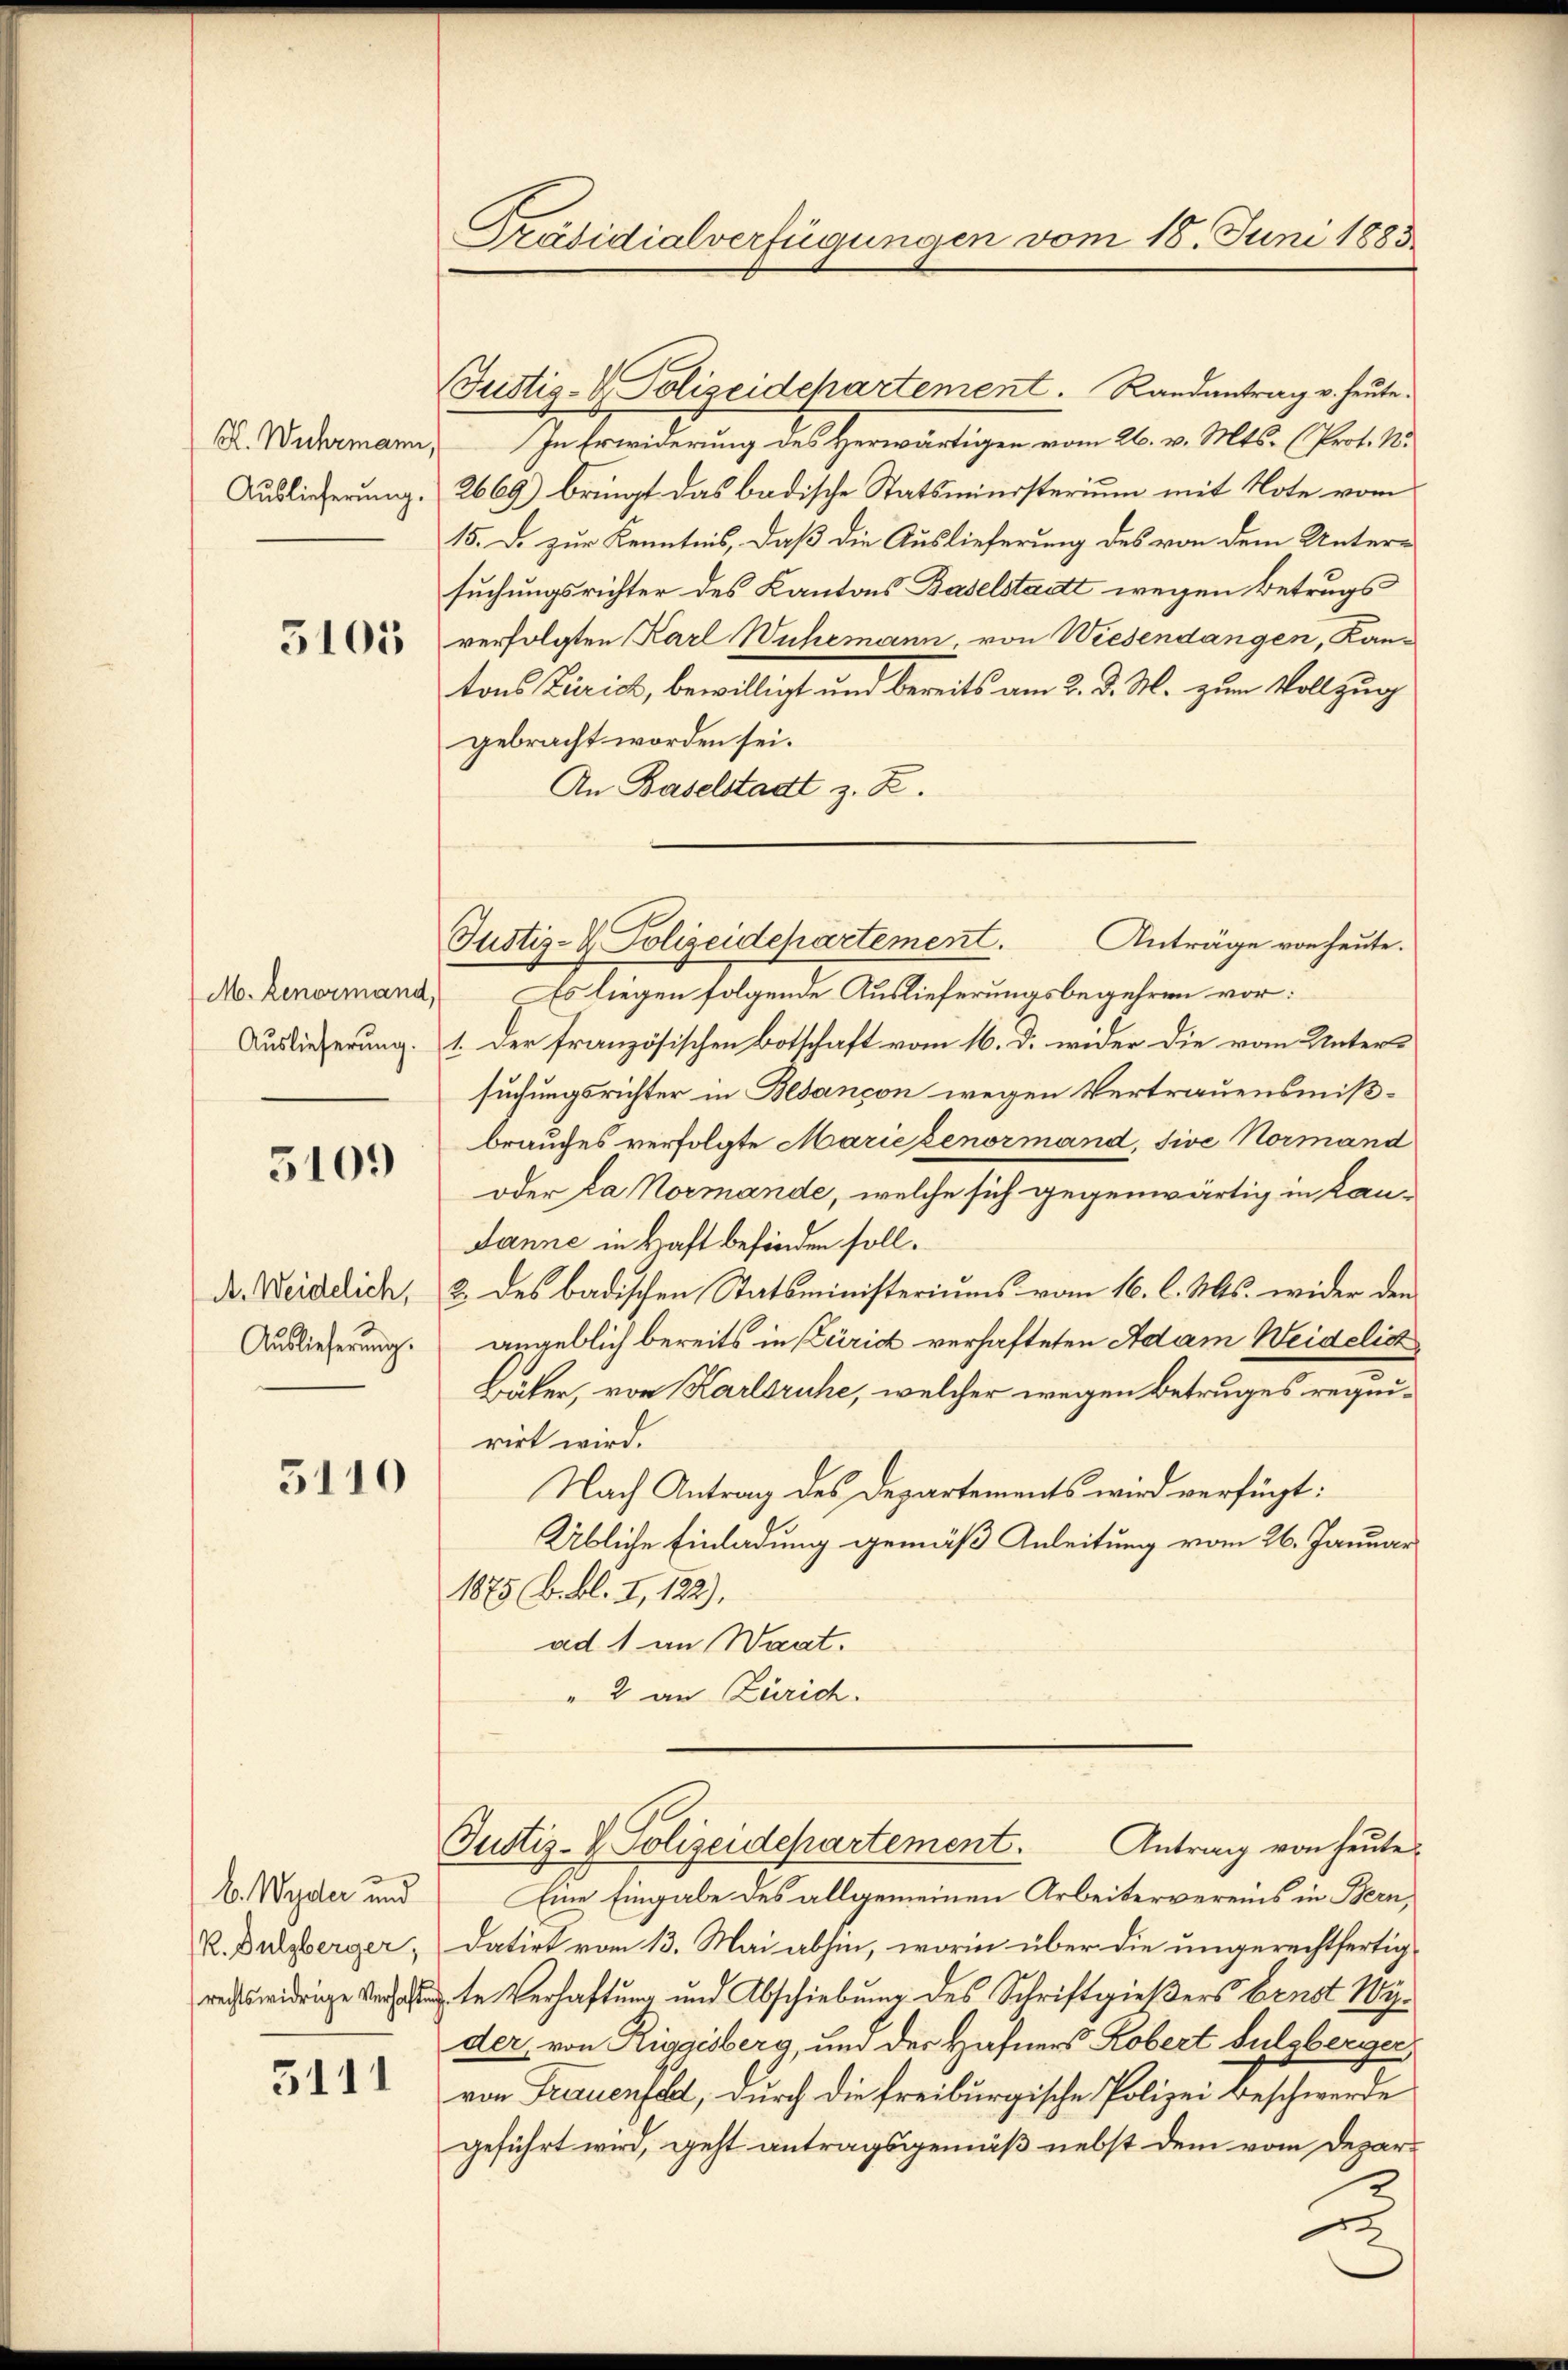
S. Wuhrmann,

5103

M. Renormand,

5109

Auslieferung.

5110

b. Wyder und
(rechtswidrige Verhal

5111

Justiz- & Polizeidchartement. Randantrag v. heute.
In Erwiderung des Herwärtigen vom 26. v. Mts. (Prot. N.
Auslieferung. 2669) bringt das badische Statsministerium mit Note vom
15. d. zur Kenntnis, daß die Auslieferung des von dem Unter-
suchungsrichter des Kantons Baselstadt wegen Betrugs
verfolgten Karl Wuhemann von Wiesendangen, Kantons Zürich, bewilligt und bereits am 2. d. M. zum Vollzug
gebracht worden sei.
An Baselstadt z. Z.
Es liegen folgende Auslieferungsbegehren vor:
Auslieferung 1. Der französischen Botschaft vom 16. d. wider die vom Unter-
suchungsrichter in Besançon wegen Vertrauensmißbrauches verfolgte Mariezenormand, sive Normand
oder da Normande, welche sich gegenwärtig in Kan-
Janne in Haft befinden soll.
de. Weidelich, 2 des badischen Statsministeriums vom 16. l. Mts. wider den
angeblich bereits in Zürich verhafteten Adam Weidelich
Bäker, von Karlsruhe, welcher wegen Betruges requirirt wird.
Nach Antrag des Departements wird verfügt:
Übliche Einladung gemäß Anleitung vom 26. Januar
1875 B. Bl. I, 122),
ad 1 in Waat.
" 2 an Zürich.

Präsidialverfügungen vom 18. Juni 1883.

Anträge von heute.
Justiz- & Polizeidepartement.

Eine Eingabe des allgemeinen Arbeitervereins in Bern,
R. Dulzberger, datirt vom 13. Mai abhin, worin über die ungerechtfertig-
dte Verhaftung und Abschiebung des Schriftgießers brust Wyder, von Riggisberg, und der Hafners Kobert Sulzberger
von Frauenfell, durch die freiburgische Polizei Beschwerde
geführt wird, geht antragsgemäß nebst dem vom Deparx

Justiz- & Polizeidepartement.
Antrag von heute.